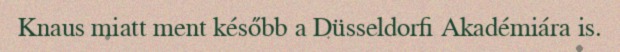
Knaus miatt ment később a Düsseldorfi Akadémiára is.